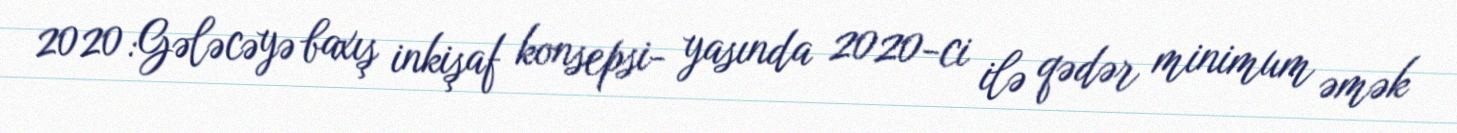
2020:Gələcəyə baxış inkişaf konsepsi- yasında 2020-ci ilə qədər minimum əmək